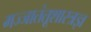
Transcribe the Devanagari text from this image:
मज्जातंतूशास्त्रज्ञ